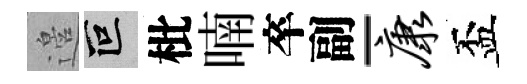
邉叵枇喃卒副-康盃